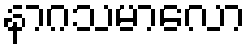
နာဂသမာလော